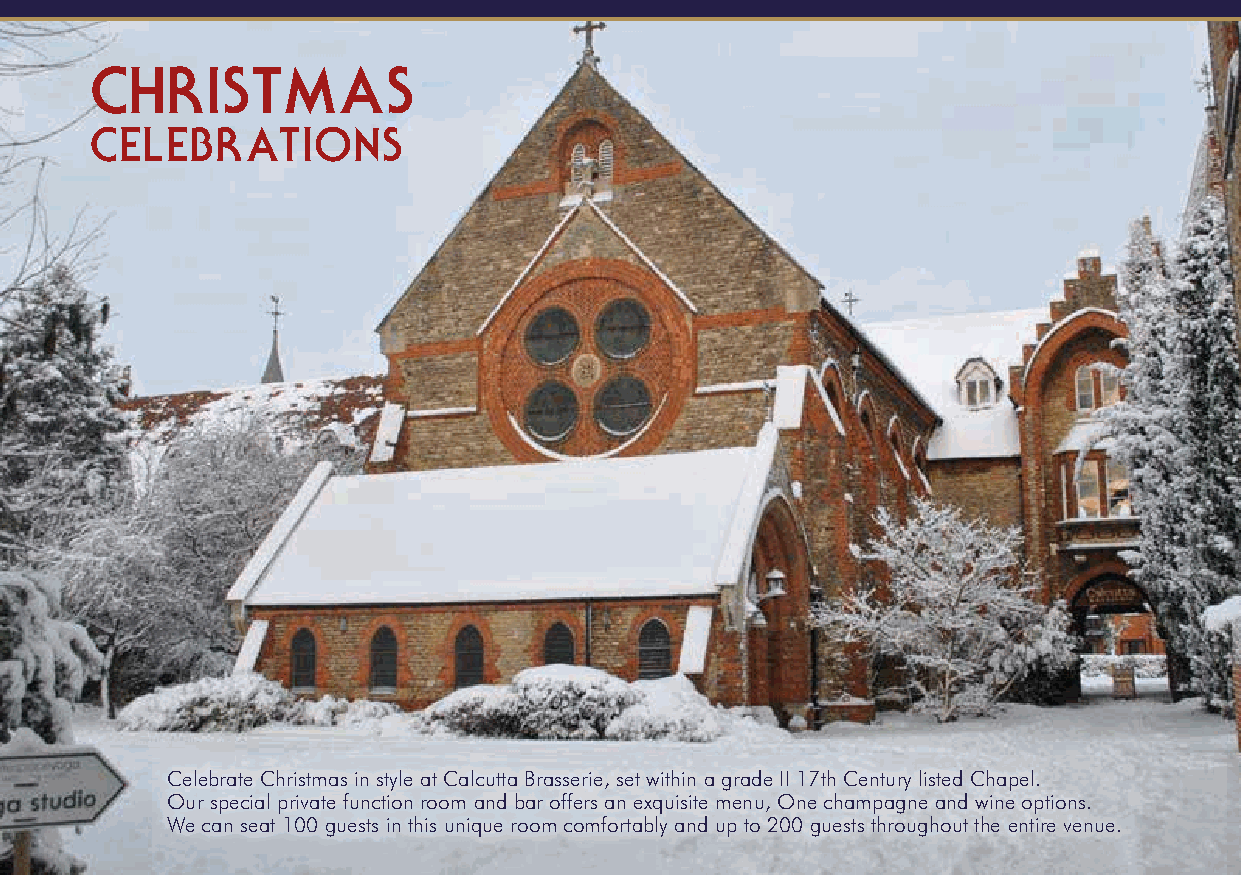
CHRISTMA            S
 CELEBRATIONS
 Celebrate Christmas in style at Calcutta Brasserie, set within a grade II 17th Century listed Chapel.
 Our special private function room and bar offers an exquisite menu, One champagne and wine options.
 We can seat 100 guests in this unique room comfortably and up to 200 guests throughout the entire venue.